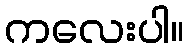
ကလေးပါ။